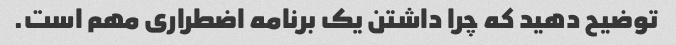
توضیح دهید که چرا داشتن یک برنامه اضطراری مهم است.